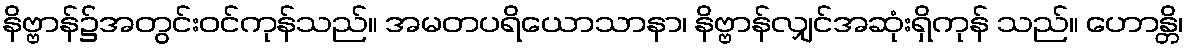
နိဗ္ဗာန်၌အတွင်းဝင်ကုန်သည်။ အမတပရိယောသာနာ၊ နိဗ္ဗာန်လျှင်အဆုံးရှိကုန် သည်။ ဟောန္တိ၊